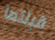
قبلتها